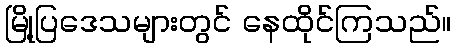
မြို့ပြဒေသများတွင် နေထိုင်ကြသည်။